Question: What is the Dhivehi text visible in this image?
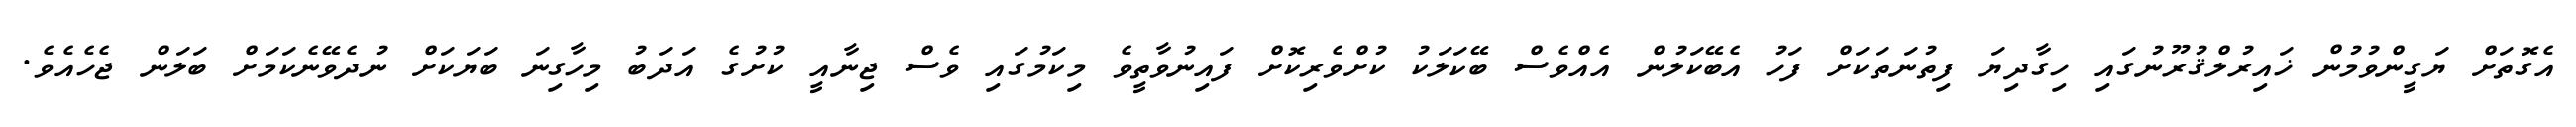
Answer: އެގޮތަށް ޔަގީންވުމުން ޚައިރުލްޤުރޫނުގައި ހިގާދިޔަ ފިތުނަތަކަށް ފަހު އެބޭކަލުން އެއްވެސް ބޭކަލަކު ކުށްވެރިކޮށް ފައިނުވާތީވެ މިކަމުގައި ވެސް ޖިނާއީ ކުށުގެ އަދަބު މިހާގިނަ ބަޔަކަށް ނުދެވޭނެކަމަށް ބަލަން ޖެހެއެވެ.